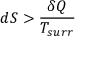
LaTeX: d S > { \frac { \delta Q } { T _ { s u r r } } }